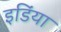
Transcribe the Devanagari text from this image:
इडिंया